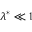
{ { \lambda } ^ { * } } \ll 1